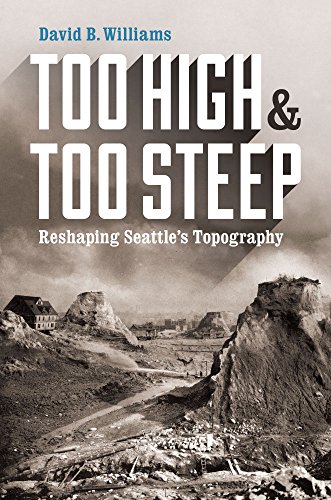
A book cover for Too High and Too Steep: Reshaping Seattle's Topography; David Williams; Engineering & Transportation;